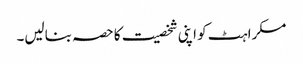
مسکراہٹ کو اپنی شخصیت کا حصہ بنالیں۔